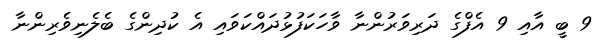
9 ބީ އާއި 9 އެފްގެ ދަރިވަރުންނާ ވާހަކަފުޅުދައްކަވައި އެ ކުދިންގެ ބެލެނިވެރިންނާ